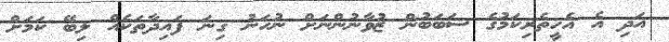
އަދި އެ އެހީތެރިކަމުގެ ސަބަބުން ޒުވާނުންނަށް ނުހަނު ގިނަ ފައިދާތަކެއް ލިބޭ ކަމަށް